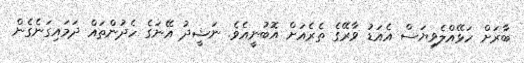
ބާރަށް ހަޅޭއްލެވިޔަސް އެއަޑު ވާރޭގެ ތެރެއަށް އޮބުނީއެވެ. ނަޝީދު އޭނަގެ ހެދުންތައް ދަމައިގަނެގެން